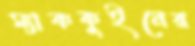
ম্যাককুইনের